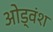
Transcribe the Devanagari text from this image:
ओड्वंश